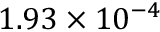
1 . 9 3 \times 1 0 ^ { - 4 }